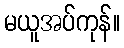
မယူအပ်ကုန်။